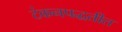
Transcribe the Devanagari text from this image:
टंकनपद्धतीत